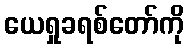
ယေရှုခရစ်တော်ကို